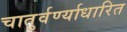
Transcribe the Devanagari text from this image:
चातुर्वर्ण्याधारित